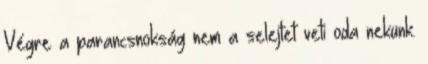
Végre a parancsnokság nem a selejtet veti oda nekünk.